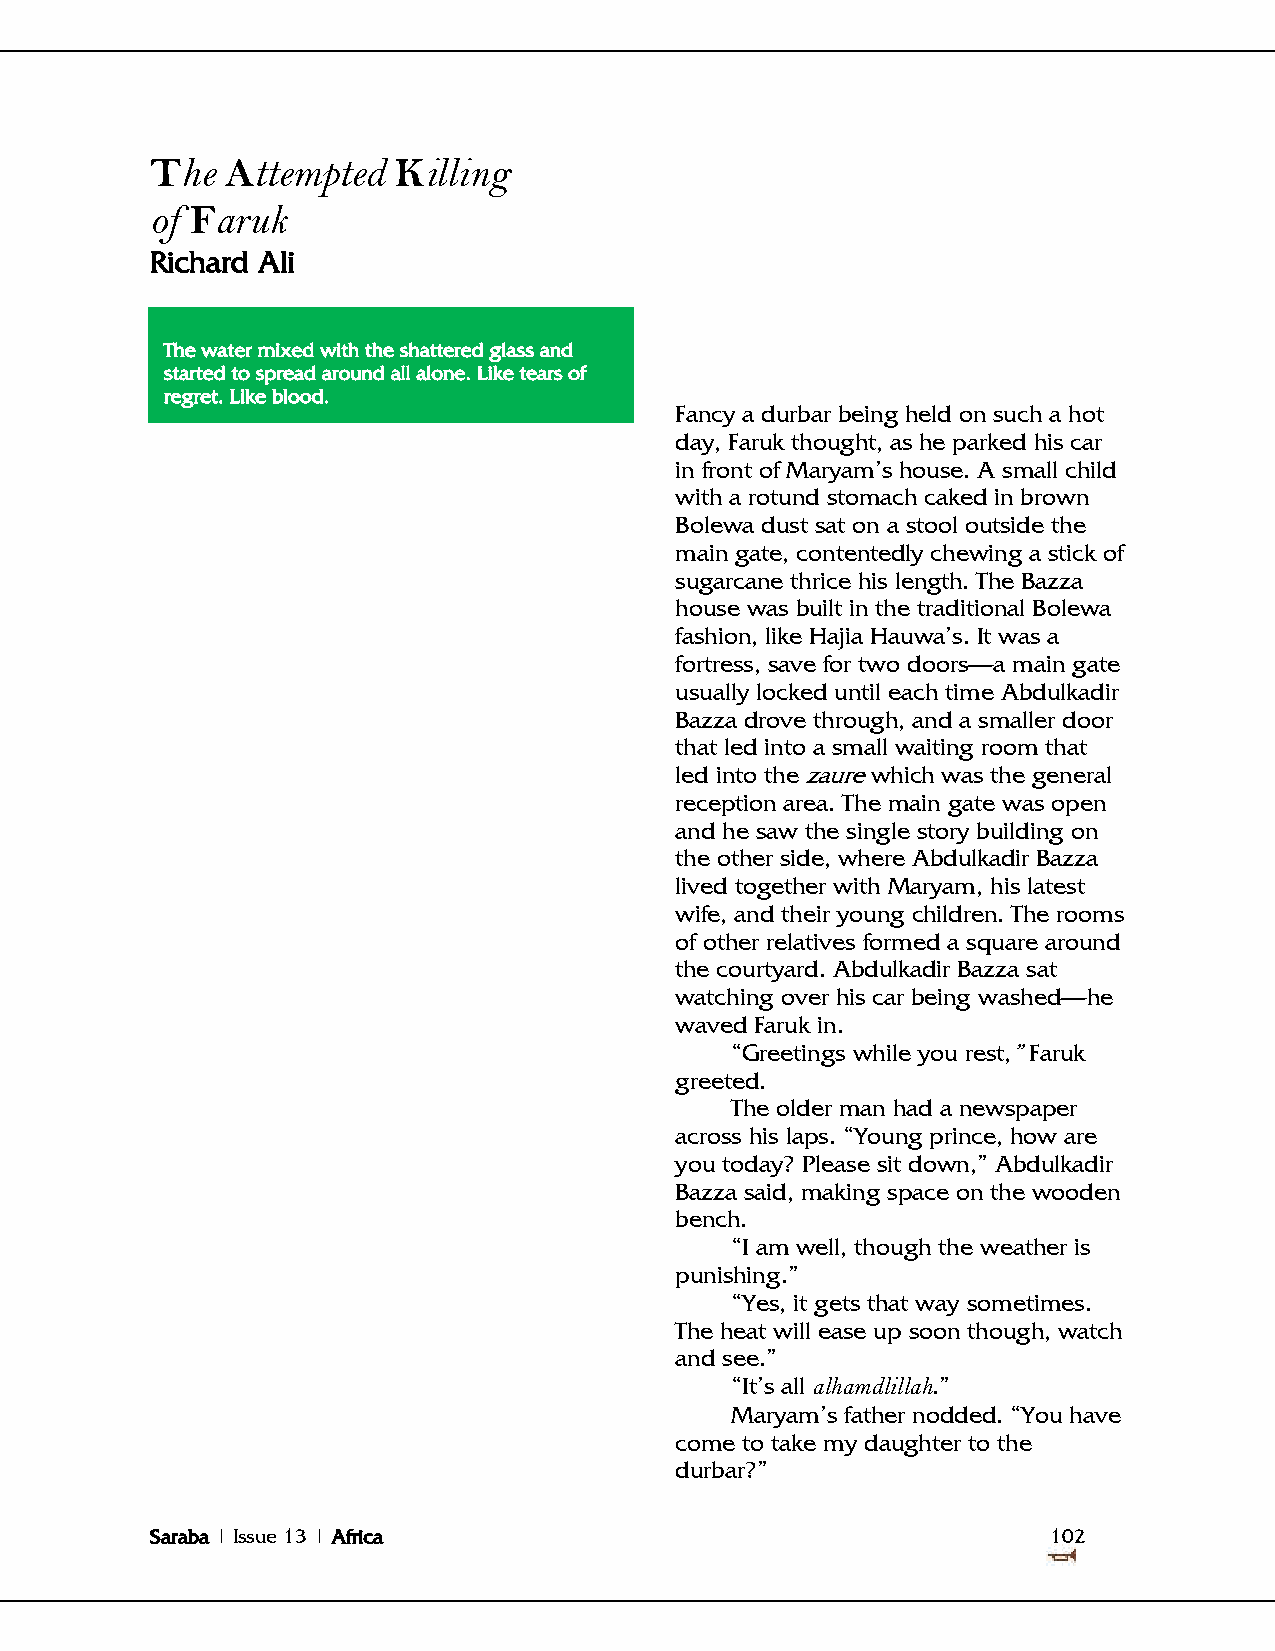
The  Attempted  Killing
 of Faruk
 Richard Ali
 The water mixed with the shattered glass and
 started to spread around all alone. Like tears of
 regret. Like blood.
 Fancy a durbar being held on such a hot
 day, Faruk thought, as he parked his car
 in front of Maryam‘s house. A small child
 with a rotund stomach caked in brown
 Bolewa dust sat on a stool outside the
 main gate, contentedly chewing a stick of
 sugarcane thrice his length. The Bazza
 house was built in the traditional Bolewa
 fashion, like Hajia Hauwa‘s. It was a
 fortress, save for two doors—a main gate
 usually locked until each time Abdulkadir
 Bazza drove through, and a smaller door
 that led into a small waiting room that
 led into the zaure which was the general
 reception area. The main gate was open
 and he saw the single story building on
 the other side, where Abdulkadir Bazza
 lived together with Maryam, his latest
 wife, and their young children. The rooms
 of other relatives formed a square around
 the courtyard. Abdulkadir Bazza sat
 watching over his car being washed—he
 waved Faruk in.
 ―Greetings while you rest,‖ Faruk
 greeted.
 The older man had a newspaper
 across his laps. ―Young prince, how are
 you today? Please sit down,‖ Abdulkadir
 Bazza said, making space on the wooden
 bench.
 ―I am well, though the weather is
 punishing.‖
 ―Yes, it gets that way sometimes.
 The heat will ease up soon though, watch
 and see.‖
 ―It‘s all alhamdlillah.‖
 Maryam‘s father nodded. ―You have
 come to take my daughter to the
 durbar?‖
 Saraba | Issue 13 | Africa                                  102